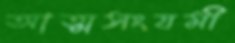
আত্মসংযমী